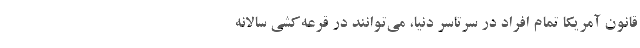
قانون آمریکا تمام افراد در سرتاسر دنیا، می‌توانند در قرعه‌کشی سالانه